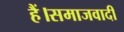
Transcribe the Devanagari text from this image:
हैं।समाजवादी